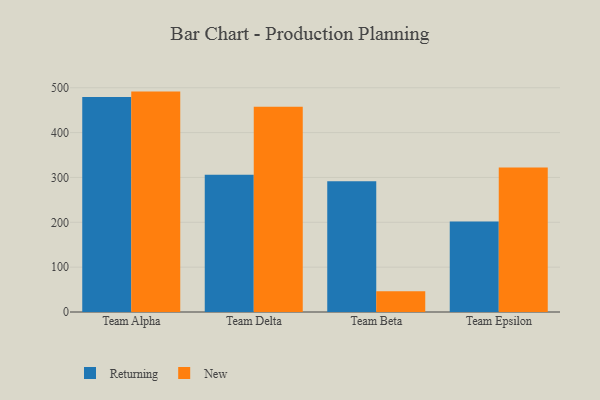
{"axis": {"x": "Team", "y": "Shipments"}, "legend": ["New", "Returning"], "data": [{"x": "Team Alpha", "y": 479.1, "type": "Returning"}, {"x": "Team Alpha", "y": 491.4, "type": "New"}, {"x": "Team Delta", "y": 306.1, "type": "Returning"}, {"x": "Team Delta", "y": 457.8, "type": "New"}, {"x": "Team Beta", "y": 291.5, "type": "Returning"}, {"x": "Team Beta", "y": 46.3, "type": "New"}, {"x": "Team Epsilon", "y": 201.7, "type": "Returning"}, {"x": "Team Epsilon", "y": 322.1, "type": "New"}]}